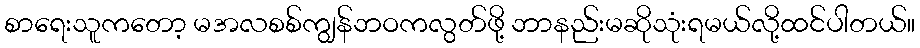
စာရေးသူကတော့ မအလစစ်ကျွန်ဘဝကလွတ်ဖို့ ဘာနည်းမဆိုသုံးရမယ်လို့ထင်ပါတယ်။